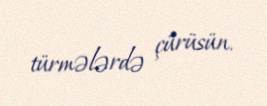
türmələrdə çürüsün.